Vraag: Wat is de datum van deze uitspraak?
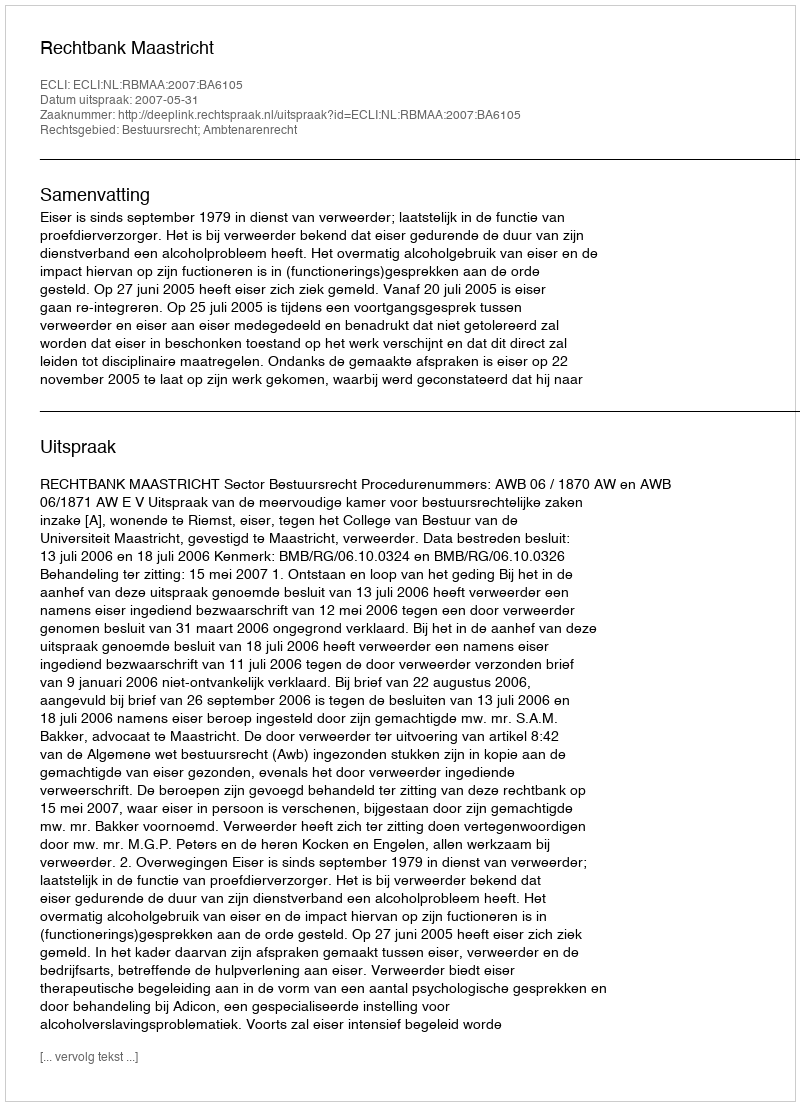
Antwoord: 2007-05-31